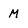
Character: M